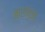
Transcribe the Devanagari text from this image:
बाराभुजा